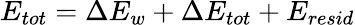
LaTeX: E_{tot}=\Delta E_{w}+\Delta E_{tot}+E_{resid}